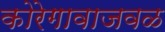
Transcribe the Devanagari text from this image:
कोरेगावाजवळ